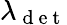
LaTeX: \lambda_{\mathrm{~d~e~t~}}